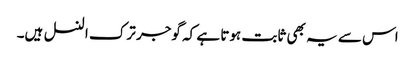
اس سے یہ بھی ثابت ہوتا ہے کہ گوجر ترک النسل ہیں۔